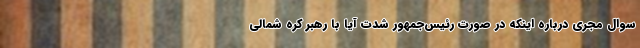
سوال مجری درباره اینکه در صورت رئیس‌جمهور شدت آیا با رهبر کره شمالی